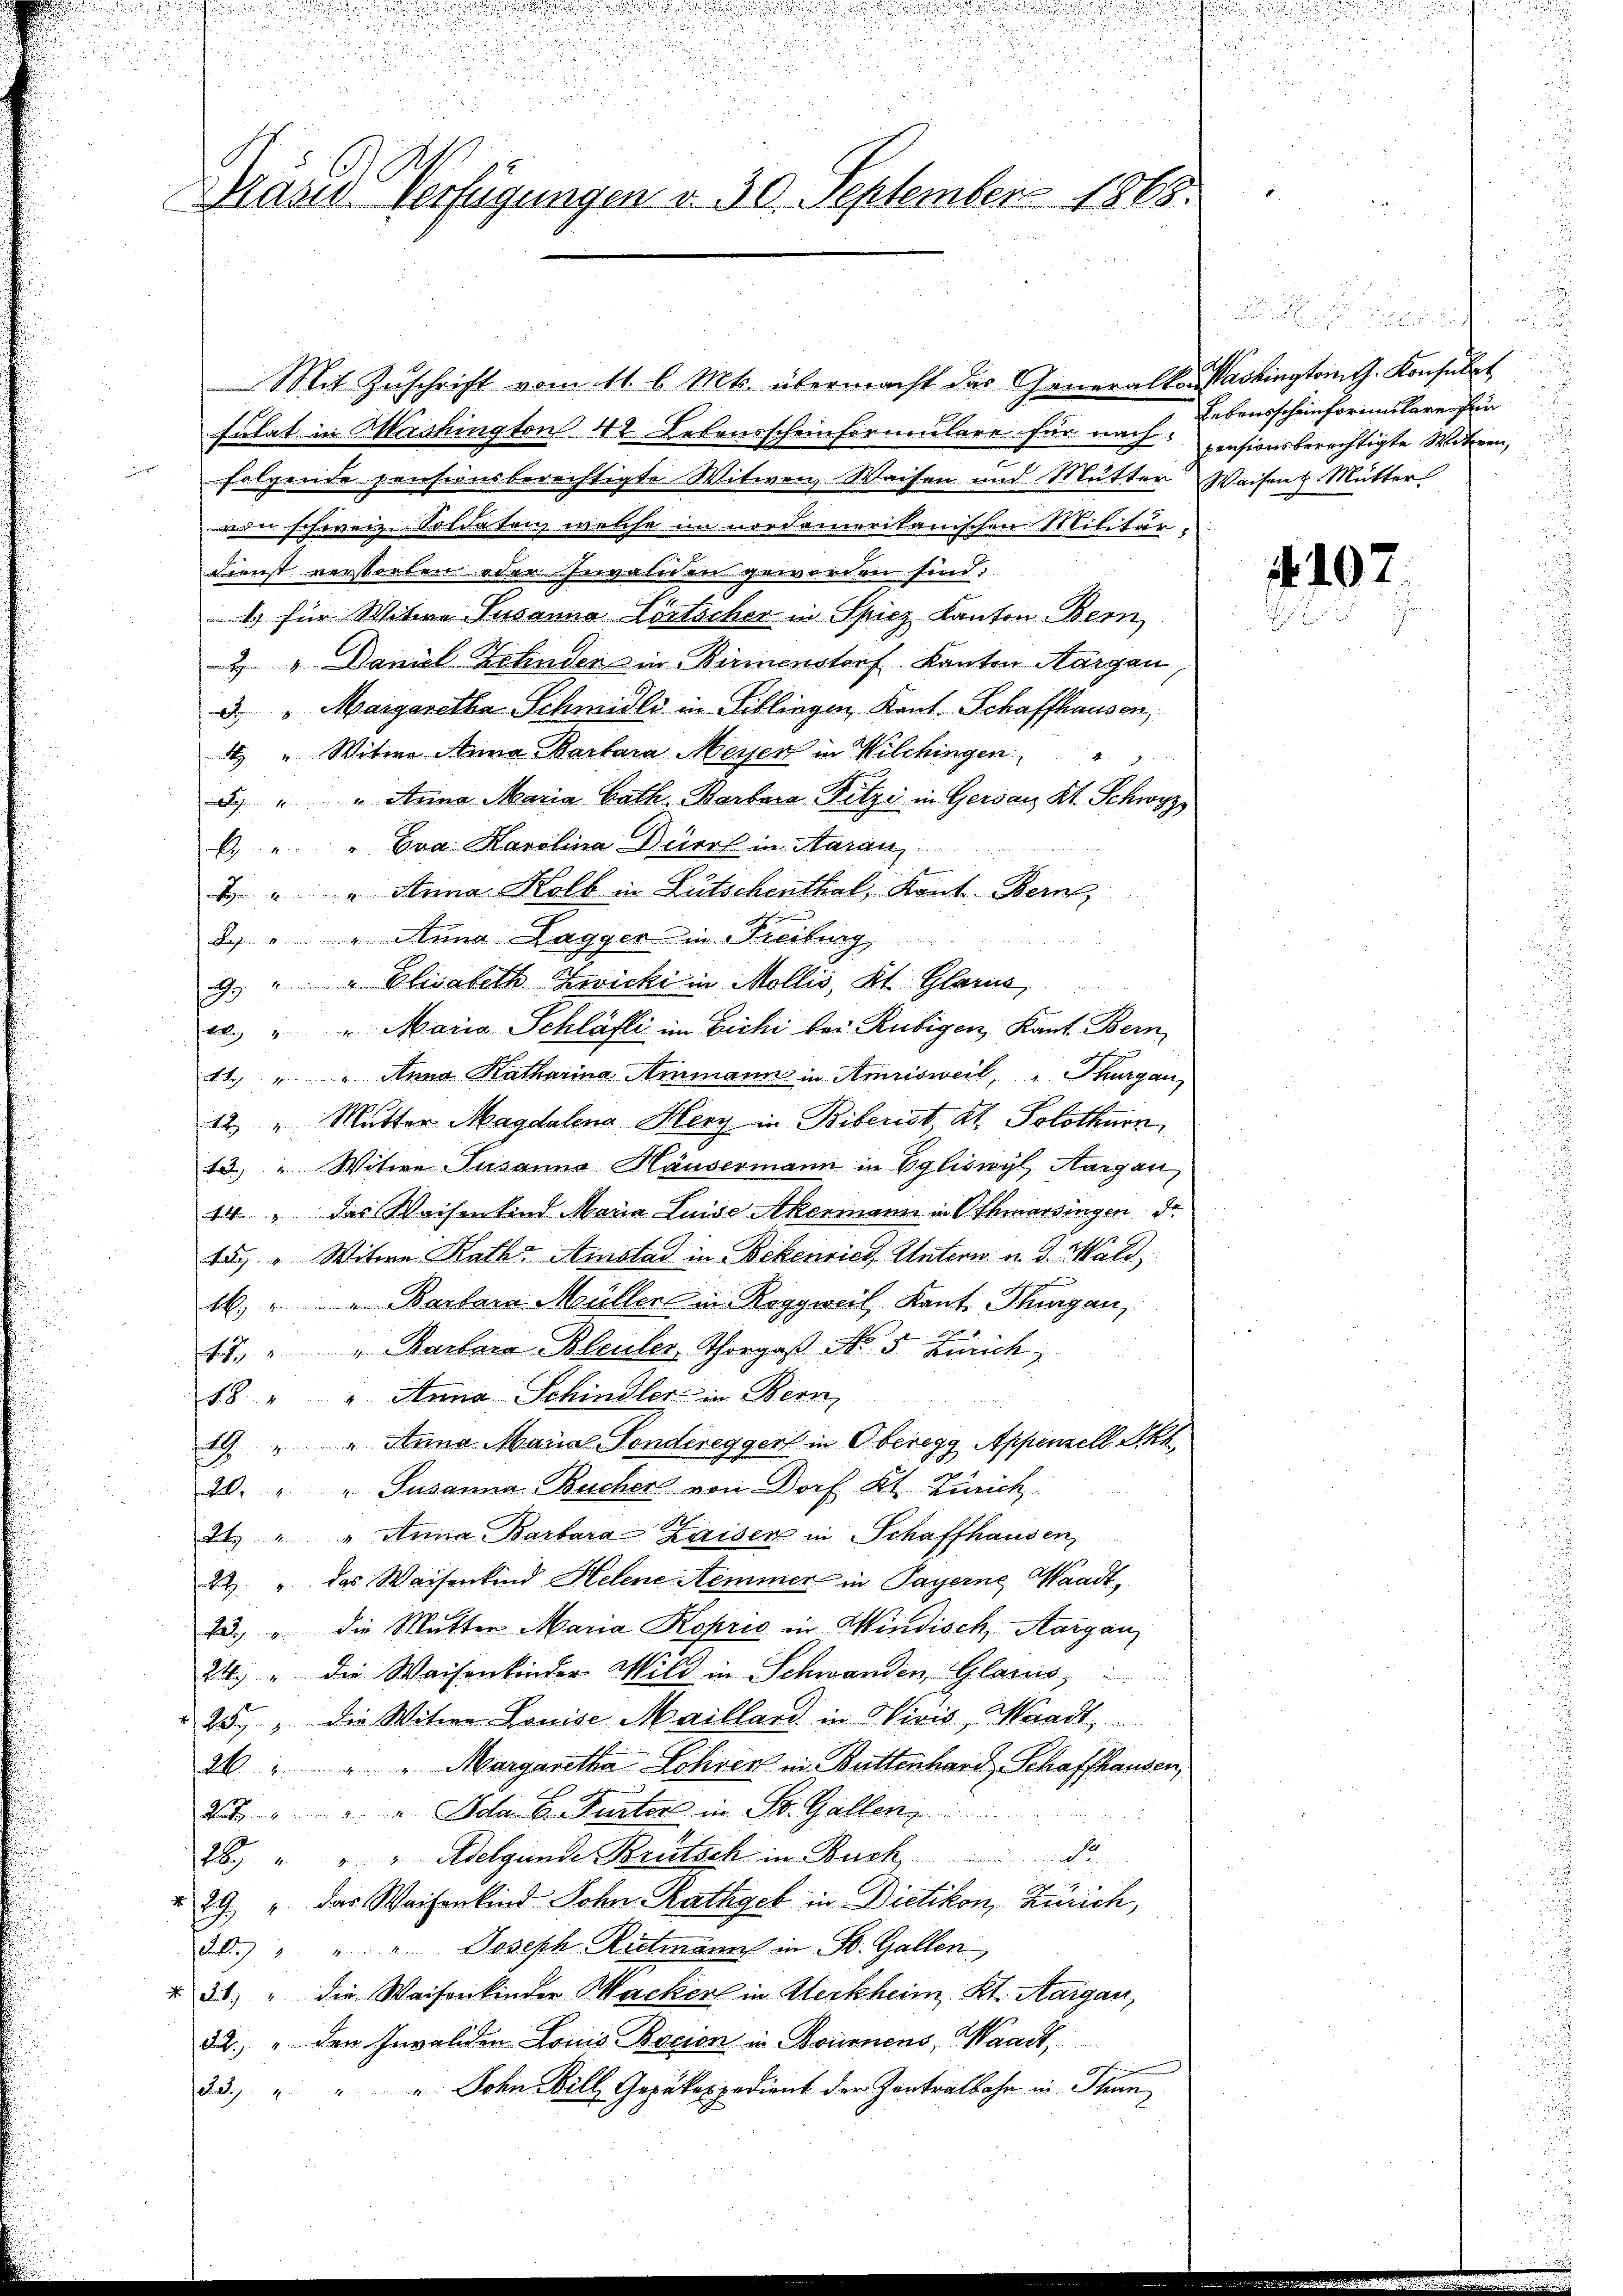
Gräsd Verfügungen v. 30. September 1868.

Mit Zuschrift vom 11. l. Mts. übermacht das Generalkon Washington G. Konsulat
sulat in Mashington 42. Lebensscheinformulare für nach: pensionsberechtigte Witwen,
folgende pensionsberechtigte Witwen Waisen und Mutter Waisen Mutter
von schweiz Soldaten, welche im nordamerikanischen Militär-
Dienst verstorben oder Invalien geworden sind;
1) für Witwe Susanna Lörtscher in Spiez, Kanton Bern
2 " Daniel Zehnden in Birmenstraf Kanton Aargau
3 "Margaretha Schmidli in Siblingen, Kant. Schaffhausen,
A " Witwe Anna Barbara Meyer in Wilchingen,
. " " Anna Maria Cath. Barbara Fitzi in Gersatz Kt. Schwyz
. " " Bra Karolina Dürrf in Aarau
2 " " Anna Kolb in Gutschenthal, Kant. Bern,
2.) " " Anna Lagger in Freiburg,
9.) " " Elisabeth Zwicki in Mollis, Kt. Glarus,
e. " " Maria Schläfli im Eichi bei Rubigen, Kant. Bern
18.) " " Anna Katharina Ammann in Amrisweil, Thurgau,
12 " Mutter Magdalena Herz in Biberist Kt. Solothurn
13. " Witwe Susanna Häusermann in Egliswyl, Aargau,
14 " das Waisenkind Maria Luise Akermann in Othmarsingen de
te " Witwe Kath. Amstad in Bekenries, Untern- u. d. Wald,
14.) " " Barbara Müller in Roggweil, Kant. Thurgau,
.
17. " " Barbara Bleuler, Thorgaß No. 5. Zürich,
18 " " Anna Schindler in Bern,
19. " " Anna Maria Fonderegger in Oberegg Appenzell Akk
20. " " Susanna Bucher von Dorf Kt. Zürich
2. " " Anna Barbara Kaiser in Schaffhausen
2 " das Waisenkind Helene Semmer in Payerne Waadt,
23., u. die Mutter Maria Koprio in Windisch, Aargau,
24.) " die Waisenkinder Wild in Schwanden, Glarus,
25 " die Witwe Louise Maillard in Vivis, Waadt,
26 " " " Margaretha Lohren in Buttenhard Schaffhausen,
27 " " " Schr. C. Funters in St. Gallen
28 " " " Adelgunde Brütsch in Buchd
29.) " das Waisenkind Sohn Rathgeb in Dietikon, Zürich,
30.) " " " Joseph Rietmann in St. Gallen,
2) " die Weisenkinder Mackerl in Werkheim, Kt. Aargau,
32. " den Invaliden Louis Rocion in Bournens, Waadt,
33. " " " John Will Gepäkexpedient der Zentralbahr in Than

Lebensscheinformulare für

f. 107.